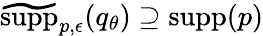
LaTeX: \widetilde{\mathrm{supp}}_{p,\epsilon}(q_{\theta})\supseteq\mathrm{supp}(p)